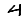
Digit: 4